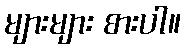
များများ စားပါ။